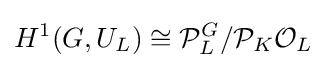
H^{1}(G,U_{L})\cong {\mathcal {P}}_{L}^{G}/{\mathcal {P}}_{K}{\mathcal {O}}_{L}